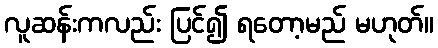
လူဆန်းကလည်း ပြင်၍ ရတော့မည် မဟုတ်။